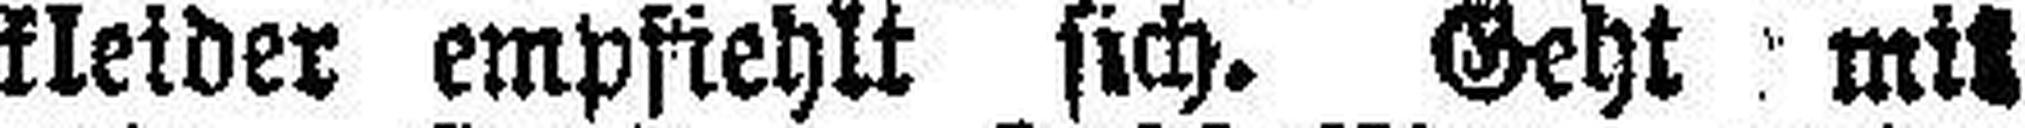
kleider empfiehlt sich. Geht mit